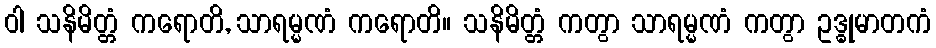
ဝါ သနိမိတ္တံ ကရောတိ, သာရမ္မဏံ ကရောတိ။ သနိမိတ္တံ ကတွာ သာရမ္မဏံ ကတွာ ဥဒ္ဓုမာတကံ